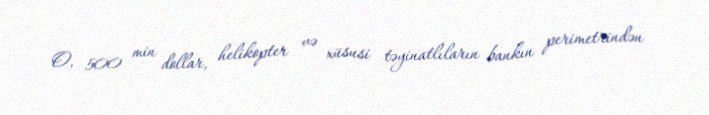
O, 500 min dollar, helikopter və xüsusi təyinatlıların bankın perimetrindən